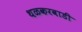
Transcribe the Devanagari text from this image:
थळकरवाडी